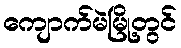
ကျောက်မဲမြို့တွင်